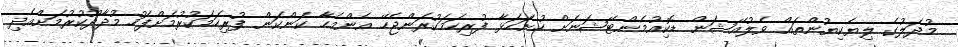
މުދަލުގެ ލިޔެކިޔުންތައް ވެލުއޭޝަން ޑޮކިއުމެންޓޭޝަނަށް ހުށަހަޅާ ފުރިހަމަކުރަންޖެހޭ އެންމެހާ ކަންކަން ފުރިހަމަކުރުމަށްފަހު މުދާދޫކުރުމަށްއެދި